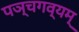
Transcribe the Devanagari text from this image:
पञ्चगव्यम्